Lunatic asylums Madras 1877-1891 - 1877-1891
Year: 1877
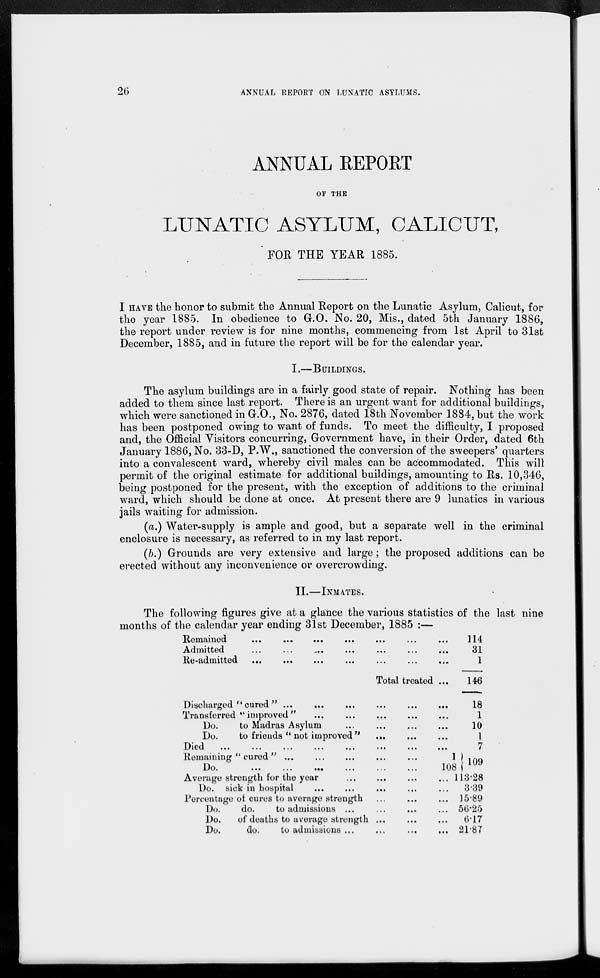
26
ANNUAL REPORT ON LUNATIC ASYLUMS.
ANNUAL REPORT
OF THE
LUNATIC ASYLUM, CALICUT,
FOR THE YEAR 1885.
I HAVE the honor to submit the Annual Report on the Lunatic Asylum, Calicut, for
the year 1885. In obedience to G.O. No. 20, Mis., dated 5th January 1886,
the report under review is for nine months, commencing from 1st April to 31st
December, 1885, and in future the report will be for the calendar year.
I.—BUILDINGS.
The asylum buildings are in a fairly good state of repair. Nothing has been
added to them since last report. There is an urgent want for additional buildings,
which were sanctioned in G.O., No. 2876, dated 18th November 1884, but the work
has been postponed owing to want of funds. To meet the difficulty, I proposed
and, the Official Visitors concurring, Government have, in their Order, dated 6th
January 1886, No. 33-D, P.W., sanctioned the conversion of the sweepers' quarters
into a convalescent ward, whereby civil males can be accommodated. This will
permit of the original estimate for additional buildings, amounting to Rs. 10,346,
being postponed for the present, with the exception of additions to the criminal
ward, which should be done at once. At present there are 9 lunatics in various
jails waiting for admission.
(a.) Water-supply is ample and good, but a separate well in the criminal
enclosure is necessary, as referred to in my last report.
(b.) Grounds are very extensive and large; the proposed additions can be
erected without any inconvenience or overcrowding.
II.—INMATES.
The following figures give at a glance the various statistics of the last nine
months of the calendar year ending 31st December, 1885 :—
Remained
...
...
...
...
...
...
Admitted
...
...
...
...
...
...
Re-admitted ...
...
...
... ... ...
Total treated
Discharged " cured " ... ... ... ... ...
Transferred " improved " ... ... ... ...
Do.
to Madras Asylum ... ... ...
Do.
to friends " not improved "
... ...
Deid.
...
...
...
...
...
...
...
Remaining " cured " ... ... ... ... ...
Do. ... ... ... ... ... ...
Average strength for the year ... ... ...
Do. sick in hospital ... ... ... ...
Percentage of cures to average strength ... ...
Do.
do.
to admissions ... ... ...
Do.
of deaths to average strength ... ...
Do.
do.
to admissions ... ... ...
...
...
...
...
...
...
...
...
...
1
108
...
...
...
...
...
...
114
31
1
146
18
1
10
1
7
109
113.28
3.39
15.89
56.25
6.17
21.87